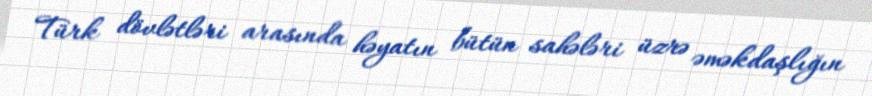
Türk dövlətləri arasında həyatın bütün sahələri üzrə əməkdaşlığın